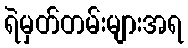
ရဲမှတ်တမ်းများအရ